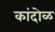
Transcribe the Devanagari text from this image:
कांदोळ